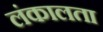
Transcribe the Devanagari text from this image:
लंकालता